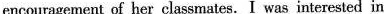
encouragement of her classmates. I was interested in